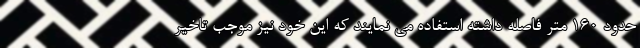
حدود 160 متر فاصله داشته استفاده می نمایند که این خود نیز موجب تاخیر